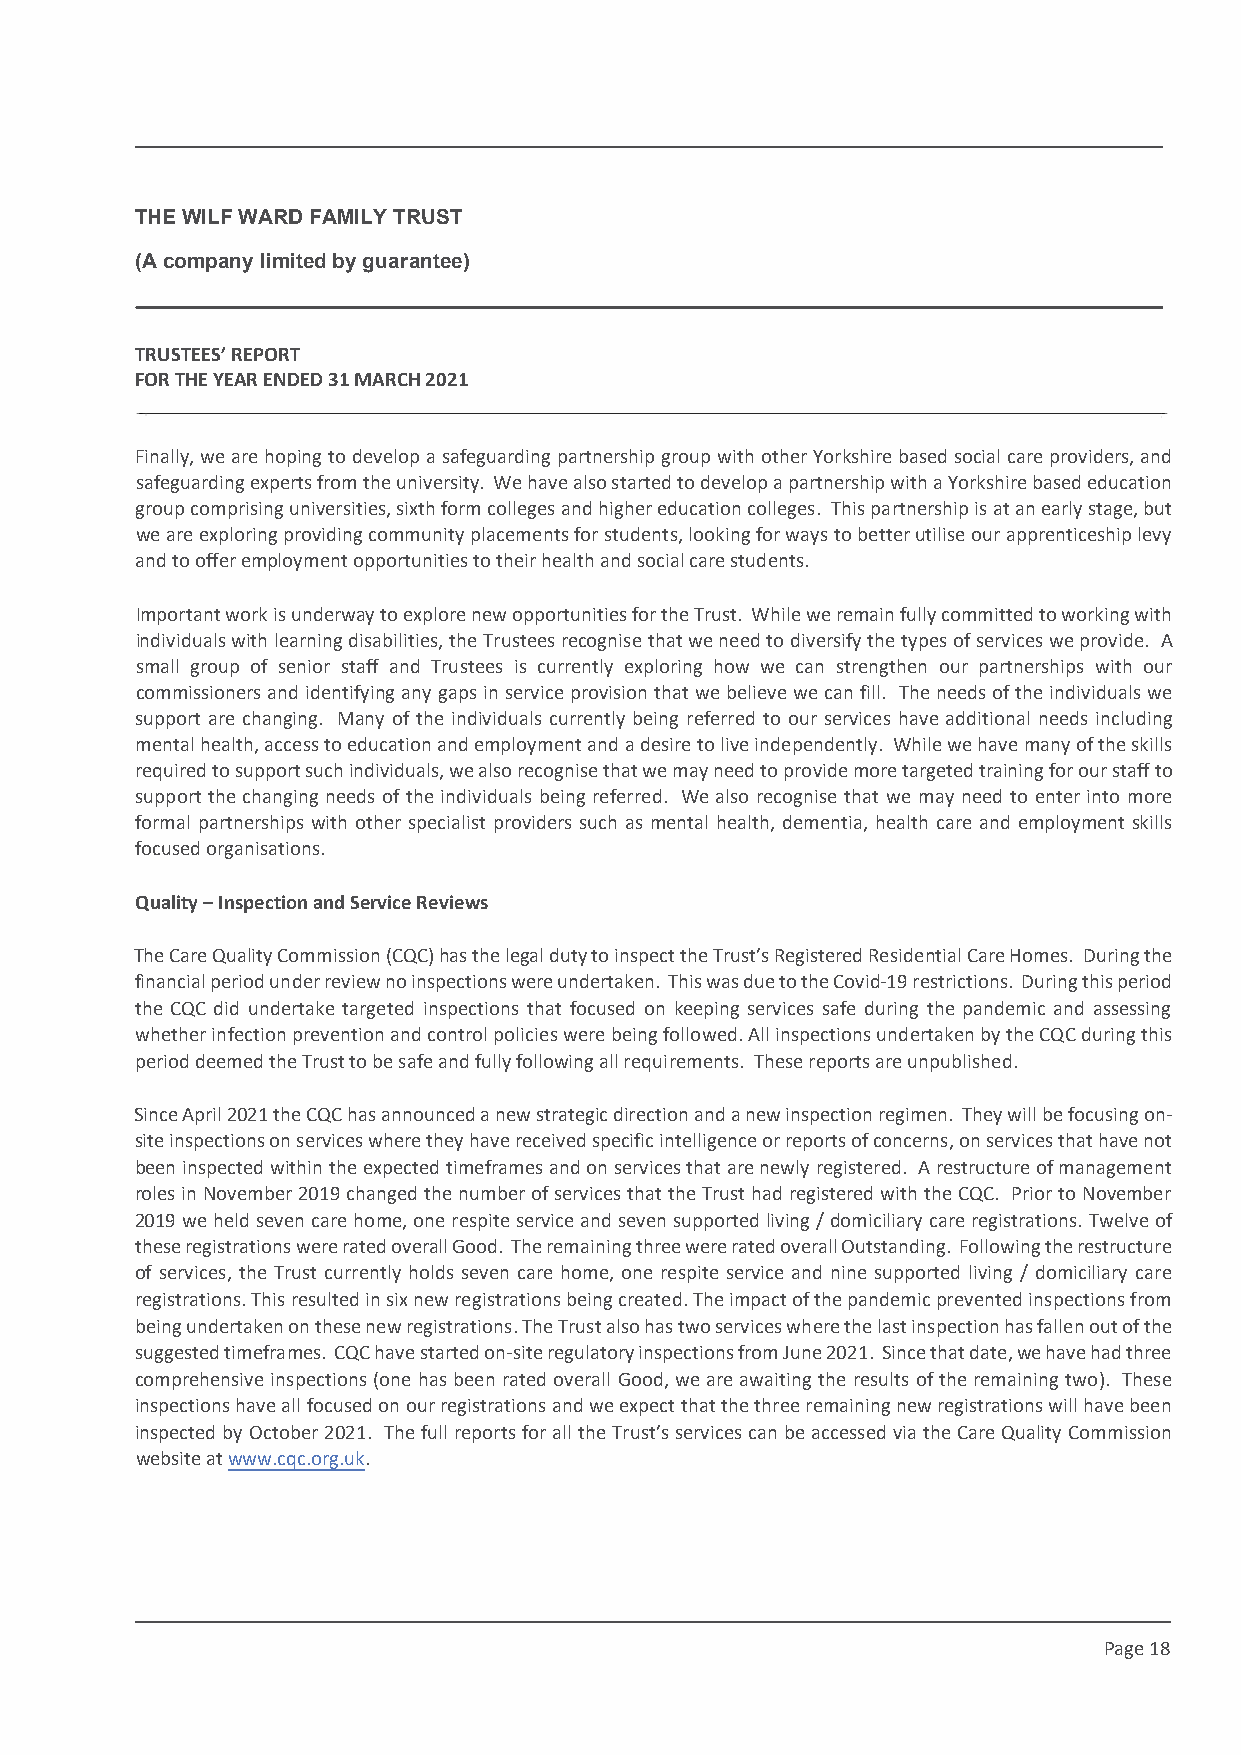
This draft produced on 28/7/2021 11:34
 THE WILF WARD FAMILY TRUST
 (A company limited by guarantee)
 TRUSTEES’ REPORT
 FOR THE YEAR ENDED 31 MARCH 2021
 Finally, we are hoping to develop a safeguarding partnership group with other Yorkshire based social care providers, and
 safeguarding experts from the university. We have also started to develop a partnership with a Yorkshire based education
 group comprising universities, sixth form colleges and higher education colleges. This partnership is at an early stage, but
 we are exploring providing community placements for students, looking for ways to better utilise our apprenticeship levy
 and to offer employment opportunities to their health and social care students.
 Important work is underway to explore new opportunities for the Trust. While we remain fully committed to working with
 individuals with learning disabilities, the Trustees recognise that we need to diversify the types of services we provide. A
 small group of senior staff and Trustees is currently exploring how we can strengthen our partnerships with our
 commissioners and identifying any gaps in service provision that we believe we can fill. The needs of the individuals we
 support are changing. Many of the individuals currently being referred to our services have additional needs including
 mental health, access to education and employment and a desire to live independently. While we have many of the skills
 required to support such individuals, we also recognise that we may need to provide more targeted training for our staff to
 support the changing needs of the individuals being referred. We also recognise that we may need to enter into more
 formal partnerships with other specialist providers such as mental health, dementia, health care and employment skills
 focused organisations.
 Quality – Inspection and Service Reviews
 The Care Quality Commission (CQC) has the legal duty to inspect the Trust’s Registered Residential Care Homes. During the
 financial period under review no inspections were undertaken. This was due to the Covid-19 restrictions. During this period
 the CQC did undertake targeted inspections that focused on keeping services safe during the pandemic and assessing
 whether infection prevention and control policies were being followed. All inspections undertaken by the CQC during this
 period deemed the Trust to be safe and fully following all requirements. These reports are unpublished.
 Since April 2021 the CQC has announced a new strategic direction and a new inspection regimen. They will be focusing on-
 site inspections on services where they have received specific intelligence or reports of concerns, on services that have not
 been inspected within the expected timeframes and on services that are newly registered. A restructure of management
 roles in November 2019 changed the number of services that the Trust had registered with the CQC. Prior to November
 2019 we held seven care home, one respite service and seven supported living / domiciliary care registrations. Twelve of
 these registrations were rated overall Good. The remaining three were rated overall Outstanding. Following the restructure
 of services, the Trust currently holds seven care home, one respite service and nine supported living / domiciliary care
 registrations. This resulted in six new registrations being created. The impact of the pandemic prevented inspections from
 being undertaken on these new registrations. The Trust also has two services where the last inspection has fallen out of the
 suggested timeframes. CQC have started on-site regulatory inspections from June 2021. Since that date, we have had three
 comprehensive inspections (one has been rated overall Good, we are awaiting the results of the remaining two). These
 inspections have all focused on our registrations and we expect that the three remaining new registrations will have been
 inspected by October 2021. The full reports for all the Trust’s services can be accessed via the Care Quality Commission
 website at www.cqc.org.uk.
 Page 18